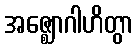
အဇ္ဈောဂါဟိတွာ